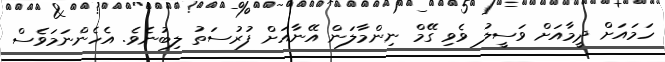
ހަމައަށް ދީމާއަށް ވަސީލު ވެވި ގޭމް ނިންމާލަން އޭނާއަށް ފުރުސަތު ލިބުނެވެ. އެހެންނަމަވެސް